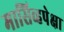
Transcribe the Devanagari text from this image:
मासिव्हपेक्षा